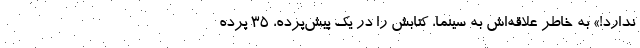
ندارد!» به خاطر علاقه‌اش به سینما، کتابش را در یک پیش‌پرده،‌ ۳۵ پرده